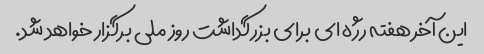
این آخر هفته رژه ای برای بزرگداشت روز ملی برگزار خواهد شد.